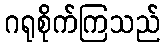
ဂရုစိုက်ကြသည်